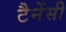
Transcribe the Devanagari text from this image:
टैनेंसी